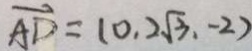
\overrightarrow { A D } = ( 0 , 2 \sqrt { 3 } , - 2 )